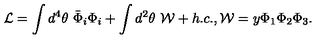
{ \cal L } = \int d ^ { 4 } \theta \ \bar { \Phi } _ { i } \Phi _ { i } + \int d ^ { 2 } \theta \ { \cal W } + h . c . , { \cal W } = y \Phi _ { 1 } \Phi _ { 2 } \Phi _ { 3 } .